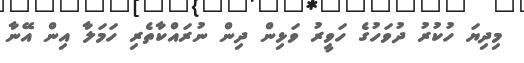
މިދިޔަ ހުކުރު ދުވަހުގެ ހަވީރު ވަޅިން ދިން ނުރައްކާތެރި ހަމަލާ އިން އޭނާ